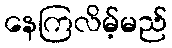
နေကြလိမ့်မည်